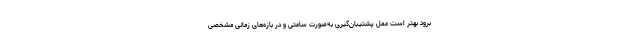
برود بهتر است عمل پشتیبان‌گیری به‌صورت ساعتی و در بازه‌های زمانی مشخصی